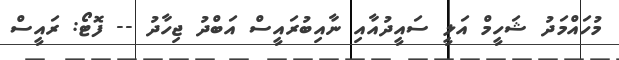
މުހައްމަދު ޝަހީމް އަލީ ސައީދުއާއި ނާއިބުރައީސް އަބްދު ޖިހާދު -- ފޮޓޯ: ރައީސް